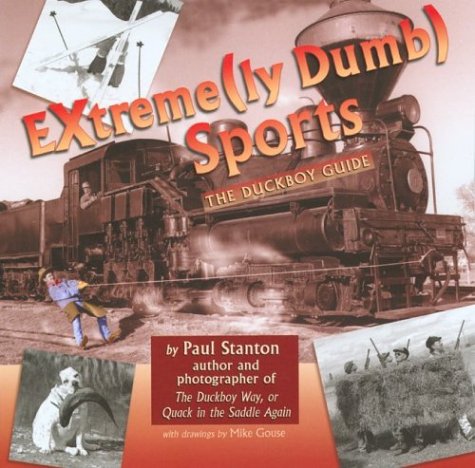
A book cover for Extreme(ly Dumb) Sports; Paul Stanton; Sports & Outdoors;